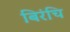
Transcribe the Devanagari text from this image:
बिरंचि